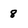
Character: 8